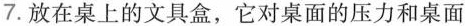
7.放在桌上的文具盒，它对桌面的压力和桌面